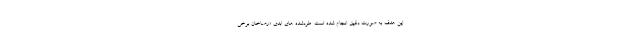
این هدف به صورت دقیق انجام شده است. طردشده‌ های ابدی «رضاخان برخی